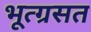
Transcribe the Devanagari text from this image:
भूत्ग्रसत